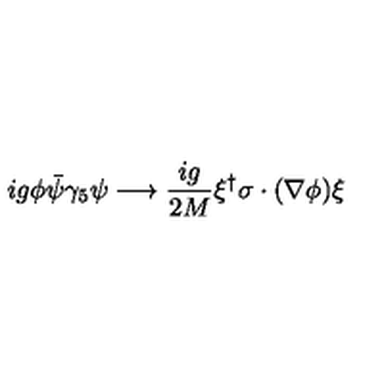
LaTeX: i g \phi \bar { \psi } \gamma _ { 5 } \psi \longrightarrow \frac { i g } { 2 M } \xi ^ { \dag } \mathrm { \boldmath \sigma } \cdot ( \mathrm { \boldmath \nabla } \phi ) \xi